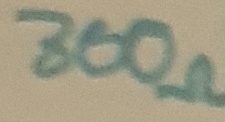
Text: 300Ω